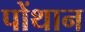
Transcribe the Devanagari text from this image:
पोंथान